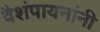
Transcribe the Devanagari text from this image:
वैशंपायनांनी